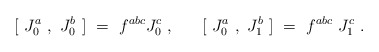
\begin{align*}{}~~[~J_0^a~ ,~ J_0^b~]~=~f^{abc} J_0^c ~,~~~~~[~J_0^a~,~J_1^b~]~=~f^{abc}{}~J_1^{c} ~.~\end{align*}